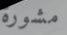
مشورة